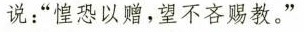
说：”惶恐以赠，望不吝赐教。”